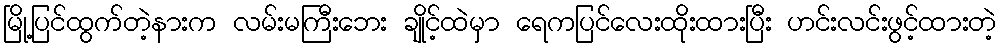
မြို့ပြင်ထွက်တဲ့နားက လမ်းမကြီးဘေး ချိုင့်ထဲမှာ ရေကပြင်လေးထိုးထားပြီး ဟင်းလင်းဖွင့်ထားတဲ့